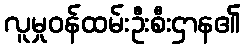
လူမှုဝန်ထမ်းဦးစီးဌာန၏